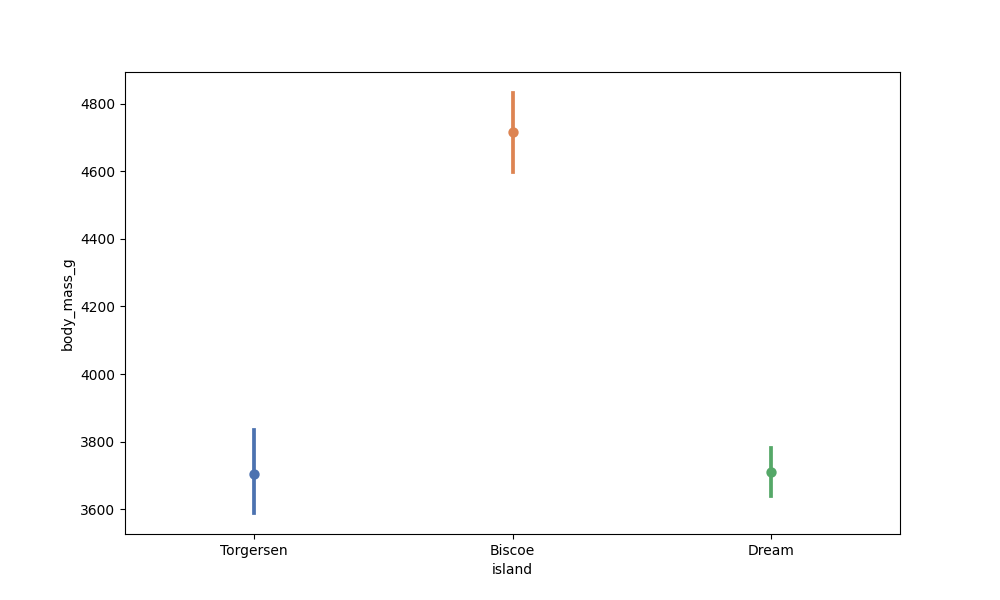
python, seaborn, pointplot, scale=1.0, join=False, hue='None', palette='deep'